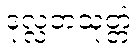
ဒုလ္လဘသုတ္တံ